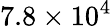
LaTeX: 7.8\times 10^{4}